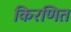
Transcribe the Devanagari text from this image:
किरणित